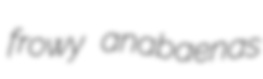
frowy anabaenas